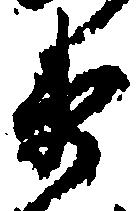
衛